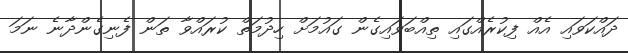
ދައްކަވައި އެއް ފިކުރެއްގައި ތިއްބަވައިގެން ގައުމަށް ހިދުމަތް ކުރައްވާ ތަން ފެނިގެންދާނެ ނަމަ